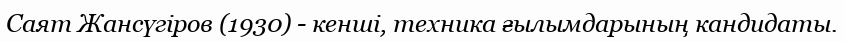
Саят Жансүгіров (1930) - кенші, техника ғылымдарының кандидаты.